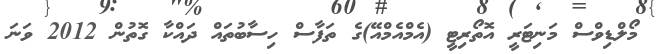
މޯލްޑިވްސް މަނިޓަރީ އޮތޯރިޓީ (އެމްއެމްއޭ)ގެ ތަފާސް ހިސާބުތައް ދައްކާ ގޮތުން 2012 ވަނަ